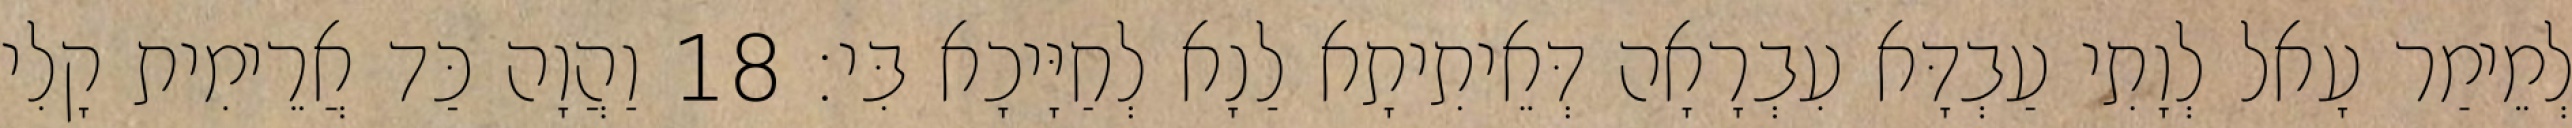
לְמֵימַר עָאל לְוָתִי עַבְדָּא עִבְרָאָה דְּאֵיתִיתָא לַנָא לְחַיָּיכָא בִּי׃ 18 וַהֲוָה כַּד אֲרֵימִית קָלִי